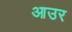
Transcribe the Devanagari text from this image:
आउर